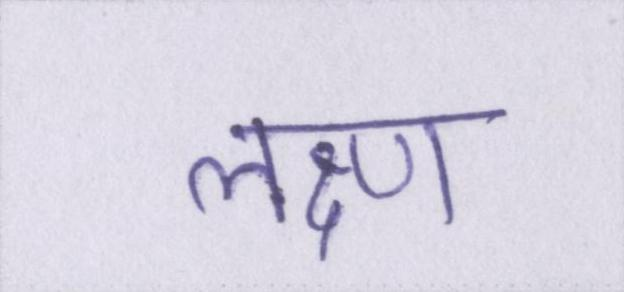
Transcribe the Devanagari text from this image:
लक्ष्ण